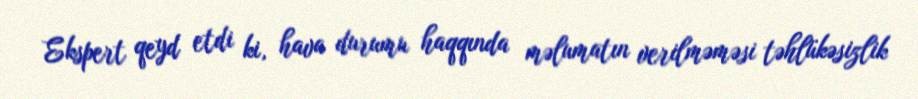
Ekspert qeyd etdi ki, hava durumu haqqında məlumatın verilməməsi təhlükəsizlik